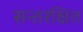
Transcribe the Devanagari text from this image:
सन्तरक्षित